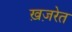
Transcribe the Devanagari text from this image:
ख़ज़रेत